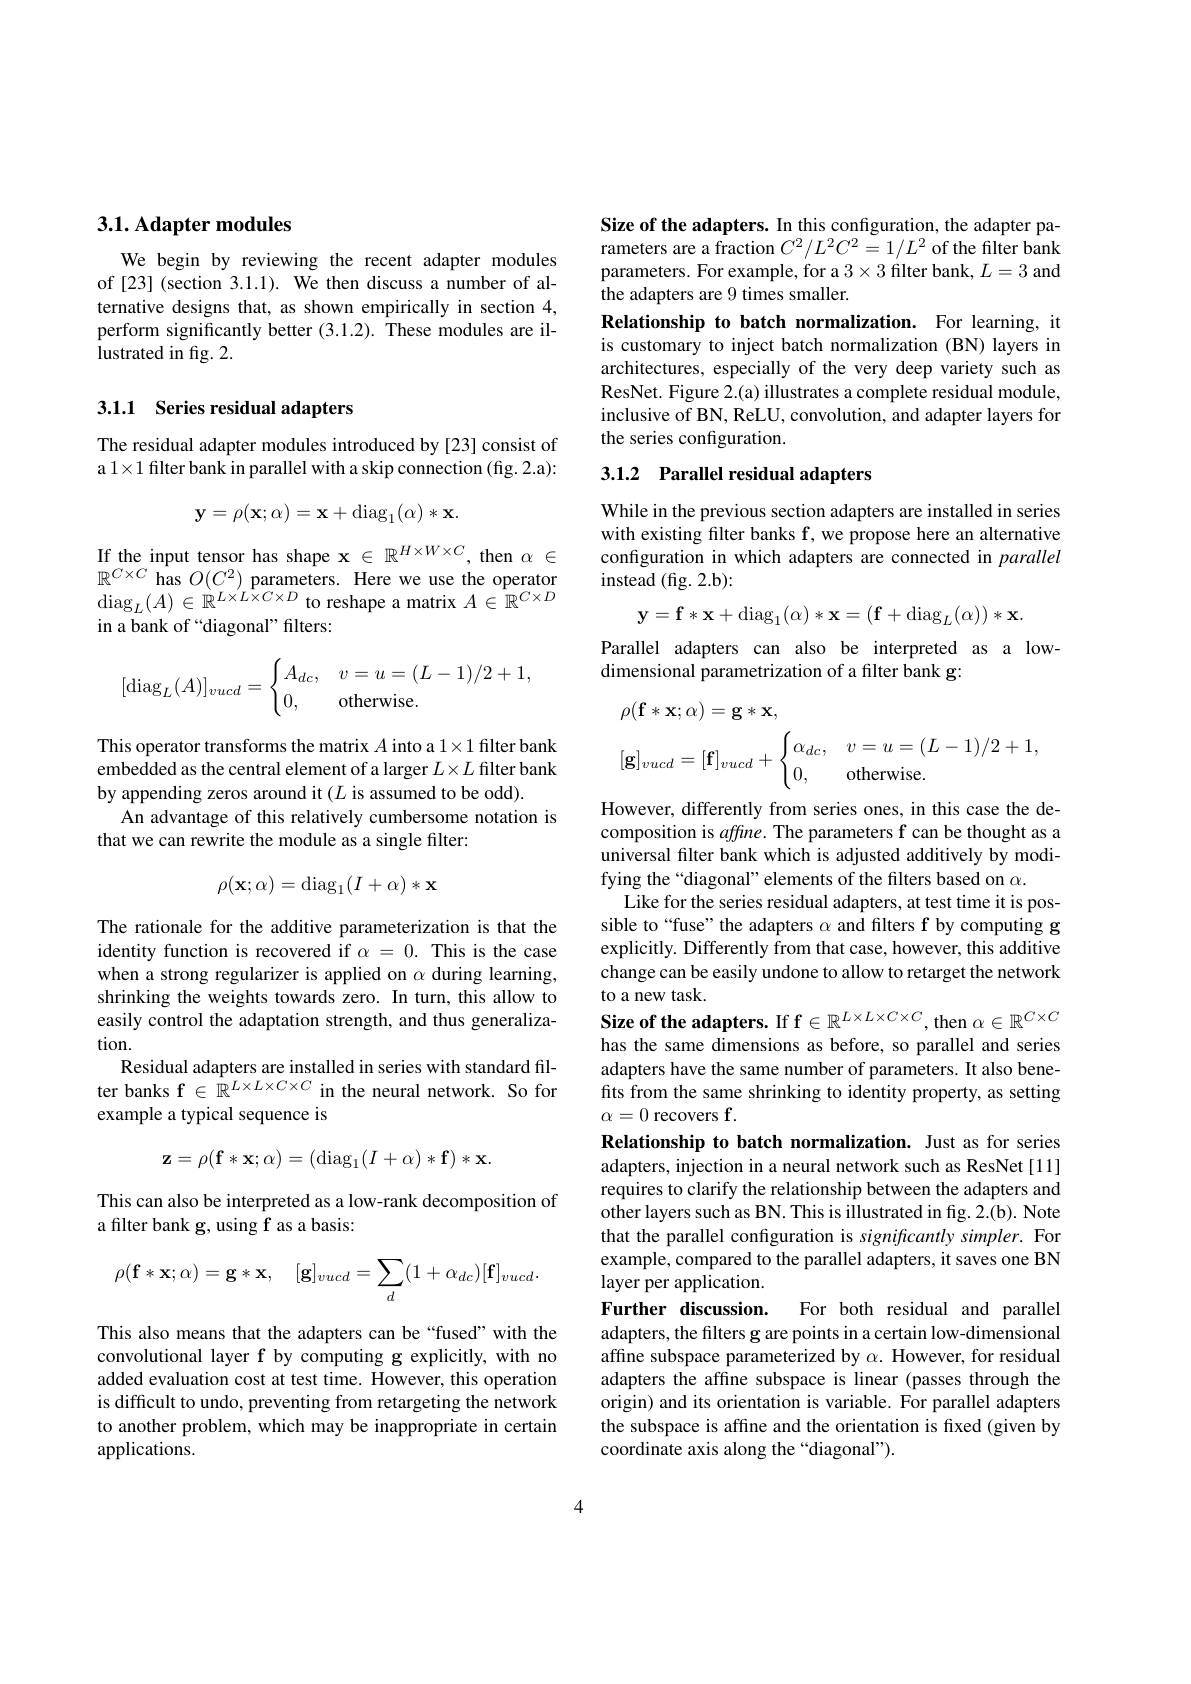
## 3.1. Adapter modules

We begin by reviewing the recent adapter modules of [23] (section 3.1.1). We then discuss a number of alternative designs that, as shown empirically in section 4, perform significantly better (3.1.2). These modules are illustrated in fig. 2.

## 3.1.1 Series residual adapters

The residual adapter modules introduced by [23] consist of a $1\times1$ filter bank in parallel with a skip connection (fig. 2.a):
$$\mathbf{y}=\rho(\mathbf{x};\alpha)=\mathbf{x}+\mathrm{diag}_1(\alpha)*\mathbf{x}.$$
If the input tensor has shape $\mathbf{x}\in\mathbb{R}^H\times W\times C$, then $\alpha\in$ $\mathbb{R}^{C\times C}$ has $O(C^2)$ parameters. Here we use the operator $\operatorname{diag}_L(A)\in\mathbb{R}^{L\times L\times C\times D}$ to reshape a matrix $A\in\mathbb{R}^C\times D$ in a bank of “diagonal” filters:
$$[\operatorname{diag}_L(A)]_{vucd}=\begin{cases}A_{dc},&v=u=(L-1)/2+1,\\0,&\text{otherwise.}\end{cases}$$
This operator transforms the matrix $A$ into a 1$\times1$ filter bank embedded as the central element of a larger $L\times L$ filter bank by appending zeros around it $(L$ is assumed to be odd).
An advantage of this relatively cumbersome notation is
that we can rewrite the module as a single filter:
$$\rho(\mathbf{x};\alpha)=\mathrm{diag}_1(I+\alpha)*\mathbf{x}$$
The rationale for the additive parameterization is that the identity function is recovered if $\alpha=0.$ This is the case when a strong regularizer is applied on $\alpha$ during learning, shrinking the weights towards zero. In turn, this allow to easily control the adaptation strength, and thus generalization.
Residual adapters are installed in series with standard filter banks f $\in\mathbb{R}^{L\times L\times C\times C}$ in the neural network. So for example a typical sequence is
$$\mathbf{z}=\rho(\mathbf{f}*\mathbf{x};\alpha)=(\mathrm{diag}_1(I+\alpha)*\mathbf{f})*\mathbf{x}.$$
This can also be interpreted as a low-rank decomposition of
a filter bank g, using f as a basis:
$$\rho(\mathbf{f}*\mathbf{x};\alpha)=\mathbf{g}*\mathbf{x},\quad[\mathbf{g}]_{vucd}=\sum_{d}(1+\alpha_{dc})[\mathbf{f}]_{vucd}.$$
This also means that the adapters can be “fused”with the convolutional layer f by computing g explicitly, with no added evaluation cost at test time. However, this operation is difficult to undo, preventing from retargeting the network to another problem, which may be inappropriate in certain applications.

Size of the adapters. In this configuration, the adapter parameters are a fraction $C^2/L^2C^2=1/L^2$ of the filter bank parameters. For example, for a $3\times3$ filter bank, $L=3$ and the adapters are 9 times smaller.
Relationship to batch normalization. For learning, it is customary to inject batch normalization (BN) layers in architectures, especially of the very deep variety such as ResNet. Figure 2.(a) illustrates a complete residual module, inclusive of BN, ReLU, convolution, and adapter layers for the series configuration.

# 3.1.2 Parallel residual adapters

While in the previous section adapters are installed in series with existing filter banks f, we propose here an alternative configuration in which adapters are connected in parallel instead (fig. 2.b):
$$\mathbf{y}=\mathbf{f}*\mathbf{x}+\mathrm{diag}_1(\alpha)*\mathbf{x}=(\mathbf{f}+\mathrm{diag}_L(\alpha))*\mathbf{x}.$$
Parallel adapters can also be interpreted as a low-
dimensional parametrization of a filter bank g:
$$\begin{aligned}&\rho(\mathbf{f}*\mathbf{x};\alpha)=\mathbf{g}*\mathbf{x},\\&[\mathbf{g}]_{vucd}=[\mathbf{f}]_{vucd}+\begin{cases}\alpha_{dc},&v=u=(L-1)/2+1,\\0,&\text{otherwise.}\end{cases}\end{aligned}$$
However, differently from series ones, in this case the decomposition is affine. The parameters f can be thought as a universal filter bank which is adjusted additively by modifying the“diagonal”elements of the filters based on $\alpha.$
Like for the series residual adapters, at test time it is possible to“fuse” the adapters $\alpha$ and filters f by computing g explicitly. Differently from that case, however, this additive change can be easily undone to allow to retarget the network to a new task.
Size of the adapters. If f $\in\mathbb{R}^L\times L\times C\times C$, then $\alpha\in\mathbb{R}^C\times C$ has the same dimensions as before, so parallel and series adapters have the same number of parameters. It also benefits from the same shrinking to identity property, as setting $\alpha=0$ recovers f.
Relationship to batch normalization. Just as for series adapters, injection in a neural network such as ResNet [11] requires to clarify the relationship between the adapters and other layers such as BN. This is illustrated in fig. 2.(b). Note that the parallel configuration is significantly simpler. For example, compared to the parallel adapters, it saves one BN layer per application.
Further discussion. For both residual and parallel adapters, the filters g are points in a certain low-dimensional affine subspace parameterized by $\alpha.$ However, for residual adapters the affine subspace is linear (passes through the origin) and its orientation is variable. For parallel adapters the subspace is affine and the orientation is fixed (given by coordinate axis along the “diagonal”).

4